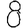
Digit: 8